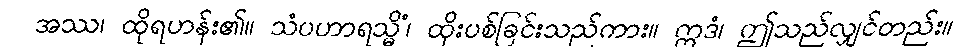
အဿ၊ ထိုရဟန်း၏။ သံပဟာရသ္မိံ၊ ထိုးပစ်ခြင်းသည်ကား။ ဣဒံ၊ ဤသည်လျှင်တည်း။